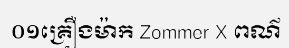
០១គ្រឿងម៉ាក Zommer X ពណ៌